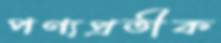
পণ্যপ্রতীক